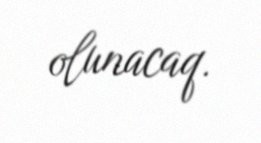
olunacaq.